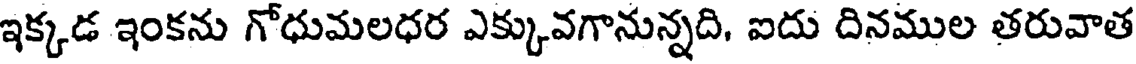
ఇక్కడ ఇంకను గోధుమలధర ఎక్కువగానున్నది, ఐదు దినముల తరువాత